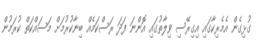
ގުޅިގެން އެމެރިކާގައި އިގިރޭސި ވިލާތުގައި އޮންނަ ފަދަ ރަސްކަމެއް ބިނާކުރުމަށް މަސައްކަތް ކުރަމުން